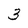
Character: 3